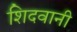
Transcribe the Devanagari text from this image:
शिदवानी